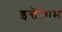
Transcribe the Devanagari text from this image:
इन्तेजाम